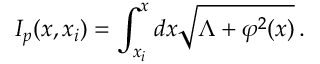
I _ { p } ( x , x _ { i } ) = \int _ { x _ { i } } ^ { x } { d x \sqrt { \Lambda + \varphi ^ { 2 } ( x ) } } \, .